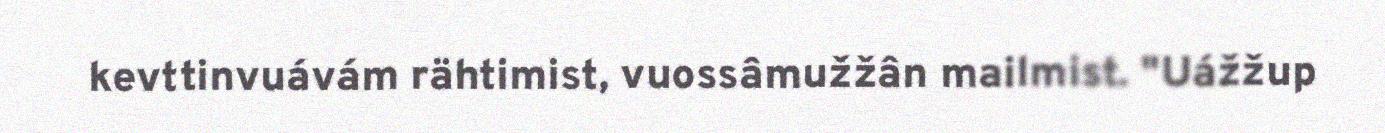
kevttinvuávám rähtimist, vuossâmužžân mailmist. "Uážžup